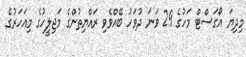
މިދިޔަ އޯގަސްޓް މަހުގެ 29 ވަނަ ދުވަހު ބޭއްވެވި ރައްޔިތުންގެ މަޖިލީހުގެ މިއަހަރުގެ